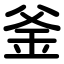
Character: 釜